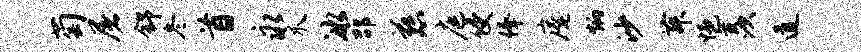
萄屠舒冬首永爪冰邵慈庭侵俸庵炳沙舞悒羡道